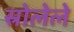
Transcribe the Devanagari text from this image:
स्रोलेले